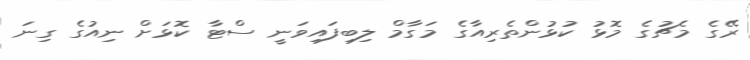
ރޭގެ މެޗުގެ މޮޅު ކުޅުންތެރިއާގެ މަގާމް ލިބިފައިވަނީ ސްޓާ ކޮޅަށް ނިއުގެ ގިނަ